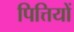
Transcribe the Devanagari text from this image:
पित्तियों